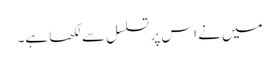
میں نے اس پر تسلسل سے لکھا ہے۔